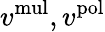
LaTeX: v^{\mathrm{mul}},v^{\mathrm{pol}}